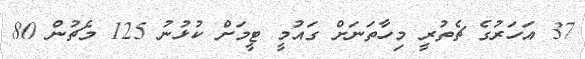
37 އަހަރުގެ ޗެތުރީ މިހާތަނަށް ގައުމީ ޓީމަށް ކުޅުނު 125 މެޗުން 80